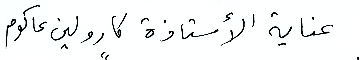
عناية الأستاذة كارولين عاكوم